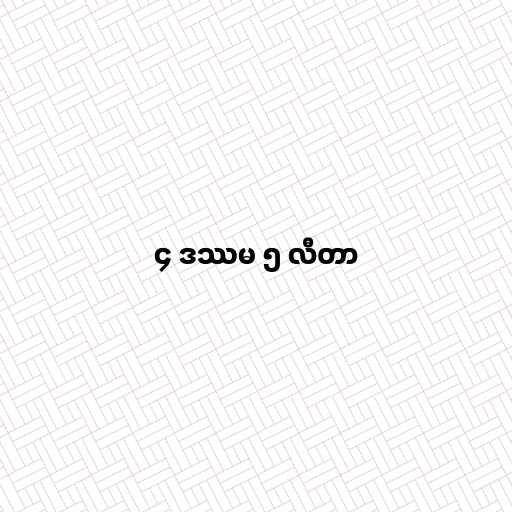
၄ ဒဿမ ၅ လီတာ